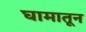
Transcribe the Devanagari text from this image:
घामातून